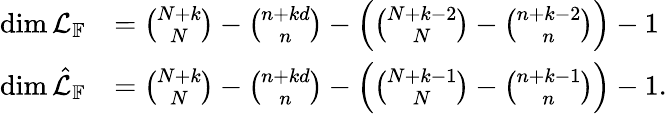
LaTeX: \begin{array}{rl}{\dim\mathcal{L}_{\mathbb F}}&{={\binom{N+k}{N}}-{\binom{n+kd}{n}}-\left({\binom{N+k-2}{N}}-{\binom{n+k-2}{n}}\right)-1}\\ {\dim\hat{\mathcal{L}}_{\mathbb F}}&{={\binom{N+k}{N}}-{\binom{n+kd}{n}}-\left({\binom{N+k-1}{N}}-{\binom{n+k-1}{n}}\right)-1.}\end{array}